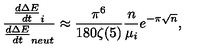
\frac { \frac { d \Delta E } { d t } _ { i } } { \frac { d \Delta E } { d t } _ { n e u t } } \approx \frac { \pi ^ { 6 } } { 1 8 0 \zeta ( 5 ) } \frac { n } { \mu _ { i } } e ^ { - \pi \sqrt { n } } ,